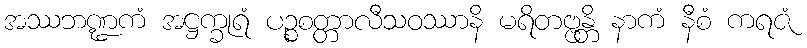
အဿဘဏ္ဍကံ အဋ္ဌက္ခုရံ ပဉ္စစတ္တာလီသဝဿာနိ မရိတဗ္ဗန္တိ နာကံ နီစံ ကရဇံ